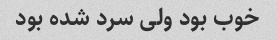
خوب بود ولی سرد شده بود